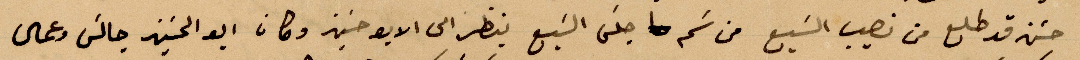
حسن قد طلع من نصيب السبع من سَم جلس السبع ينظر الى الابو حسين وكان أبو الحسين جالس وعمال